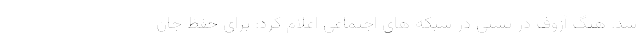
شد. هنگ آزوف در پستی در شبکه های اجتماعی اعلام کرد: برای حفظ جان